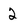
Character: 2